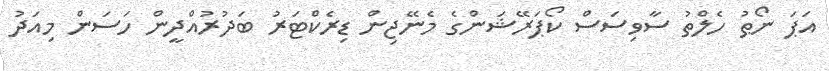
އަޕަ ނޯޠު ހެލްތު ސާވިސަސް ކޯޕަރޭޝަންގެ މެނޭޖިން ޑިރެކްޓަރު ބަދުރުއްދީން ހަސަން މިއަދު